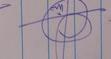
Signature authenticity: genuine